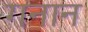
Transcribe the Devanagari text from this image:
गनान